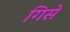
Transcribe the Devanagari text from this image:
गिसे